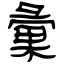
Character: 彙